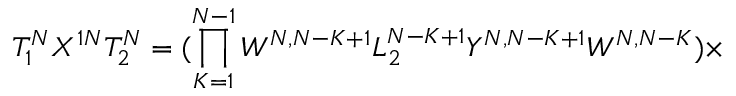
T _ { 1 } ^ { N } X ^ { 1 N } T _ { 2 } ^ { N } = ( \prod _ { K = 1 } ^ { N - 1 } W ^ { N , N - K + 1 } L _ { 2 } ^ { N - K + 1 } Y ^ { N , N - K + 1 } W ^ { N , N - K } ) \times